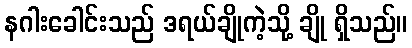
နဂါးခေါင်းသည် ဒရယ်ချိုကဲ့သို့ ချို ရှိသည်။